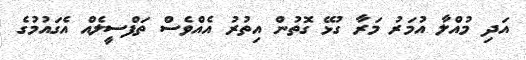
އަދި މުއްލާ އުމަރު މަރާ ގުޅޭ ގޮތުން އިތުރު އެއްވެސް ތަފްސީލެއް އެގައުމުގެ